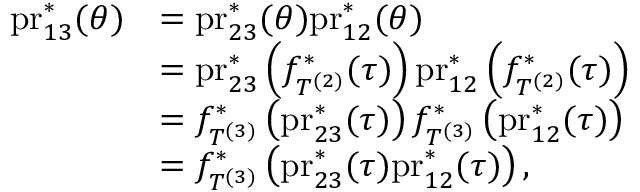
\begin{array} { r l } { \mathrm { p r } _ { 1 3 } ^ { * } ( \theta ) } & { = \mathrm { p r } _ { 2 3 } ^ { * } ( \theta ) \mathrm { p r } _ { 1 2 } ^ { * } ( \theta ) } \\ & { = \mathrm { p r } _ { 2 3 } ^ { * } \left( f _ { T ^ { ( 2 ) } } ^ { * } ( \tau ) \right) \mathrm { p r } _ { 1 2 } ^ { * } \left( f _ { T ^ { ( 2 ) } } ^ { * } ( \tau ) \right) } \\ & { = f _ { T ^ { ( 3 ) } } ^ { * } \left( \mathrm { p r } _ { 2 3 } ^ { * } ( \tau ) \right) f _ { T ^ { ( 3 ) } } ^ { * } \left( \mathrm { p r } _ { 1 2 } ^ { * } ( \tau ) \right) } \\ & { = f _ { T ^ { ( 3 ) } } ^ { * } \left( \mathrm { p r } _ { 2 3 } ^ { * } ( \tau ) \mathrm { p r } _ { 1 2 } ^ { * } ( \tau ) \right) , } \end{array}